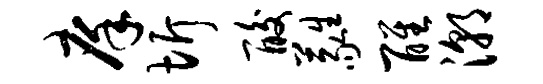
庠圻酸蕤醒潮